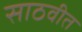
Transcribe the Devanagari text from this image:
साठवीत